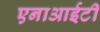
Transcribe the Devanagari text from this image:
एनाआईटी